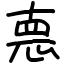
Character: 𢛳